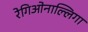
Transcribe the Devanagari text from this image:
रेगिओनाल्लिगा